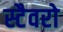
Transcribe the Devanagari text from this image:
स्टैवरो